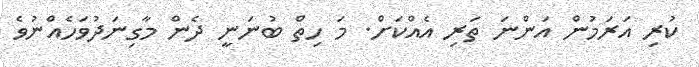
ކުރި އަރަމުން އަަންނަ ތަރި އެއްކަށް. މަ ހިތް ބުނަނީ ދެން މާގިނަދުވަހެއްނުވެ